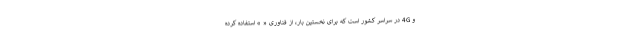
و 4G در سراسر کشور است که برای نخستین بار، از فناوری « » استفاده کرده